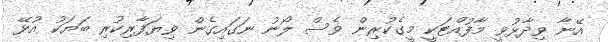
އޭނާ ވިދާޅުވީ މާފުއްޓަކީ މީގެކުރިން ވެސް ލޯނު ނަގައިގެން ވިޔަފާރިކުރި ބަޔަކު އުޅޭ